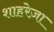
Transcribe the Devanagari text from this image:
शाहरेज़ा